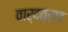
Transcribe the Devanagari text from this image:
वार्दत्राद